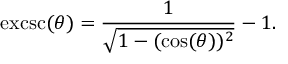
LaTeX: \operatorname { e x c s c } ( \theta ) = { \frac { 1 } { \sqrt { 1 - ( \cos ( \theta ) ) ^ { 2 } } } } - 1 .